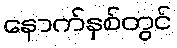
နောက်နှစ်တွင်